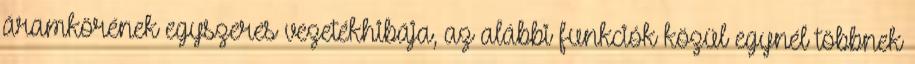
áramkörének egyszeres vezetékhibája, az alábbi funkciók közül egynél többnek